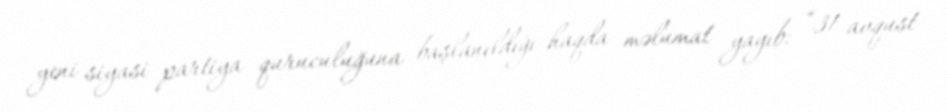
yeni siyasi partiya quruculuğuna başlanıldığı haqda məlumat yayıb: “31 avqust